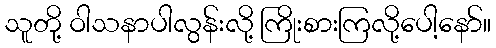
သူတို့ ဝါသနာပါလွန်းလို့ ကြိုးစားကြလို့ပေါ့နော်။